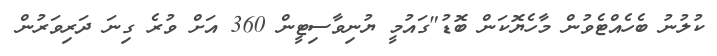
ކުލުުނު ބެހެއްޓެވުން މާހެޔޮކަން ބޮޑު"ގައުމީ ޔުނިވާސިޓީން 360 އަށް ވުރެ ގިނަ ދަރިވަރުން